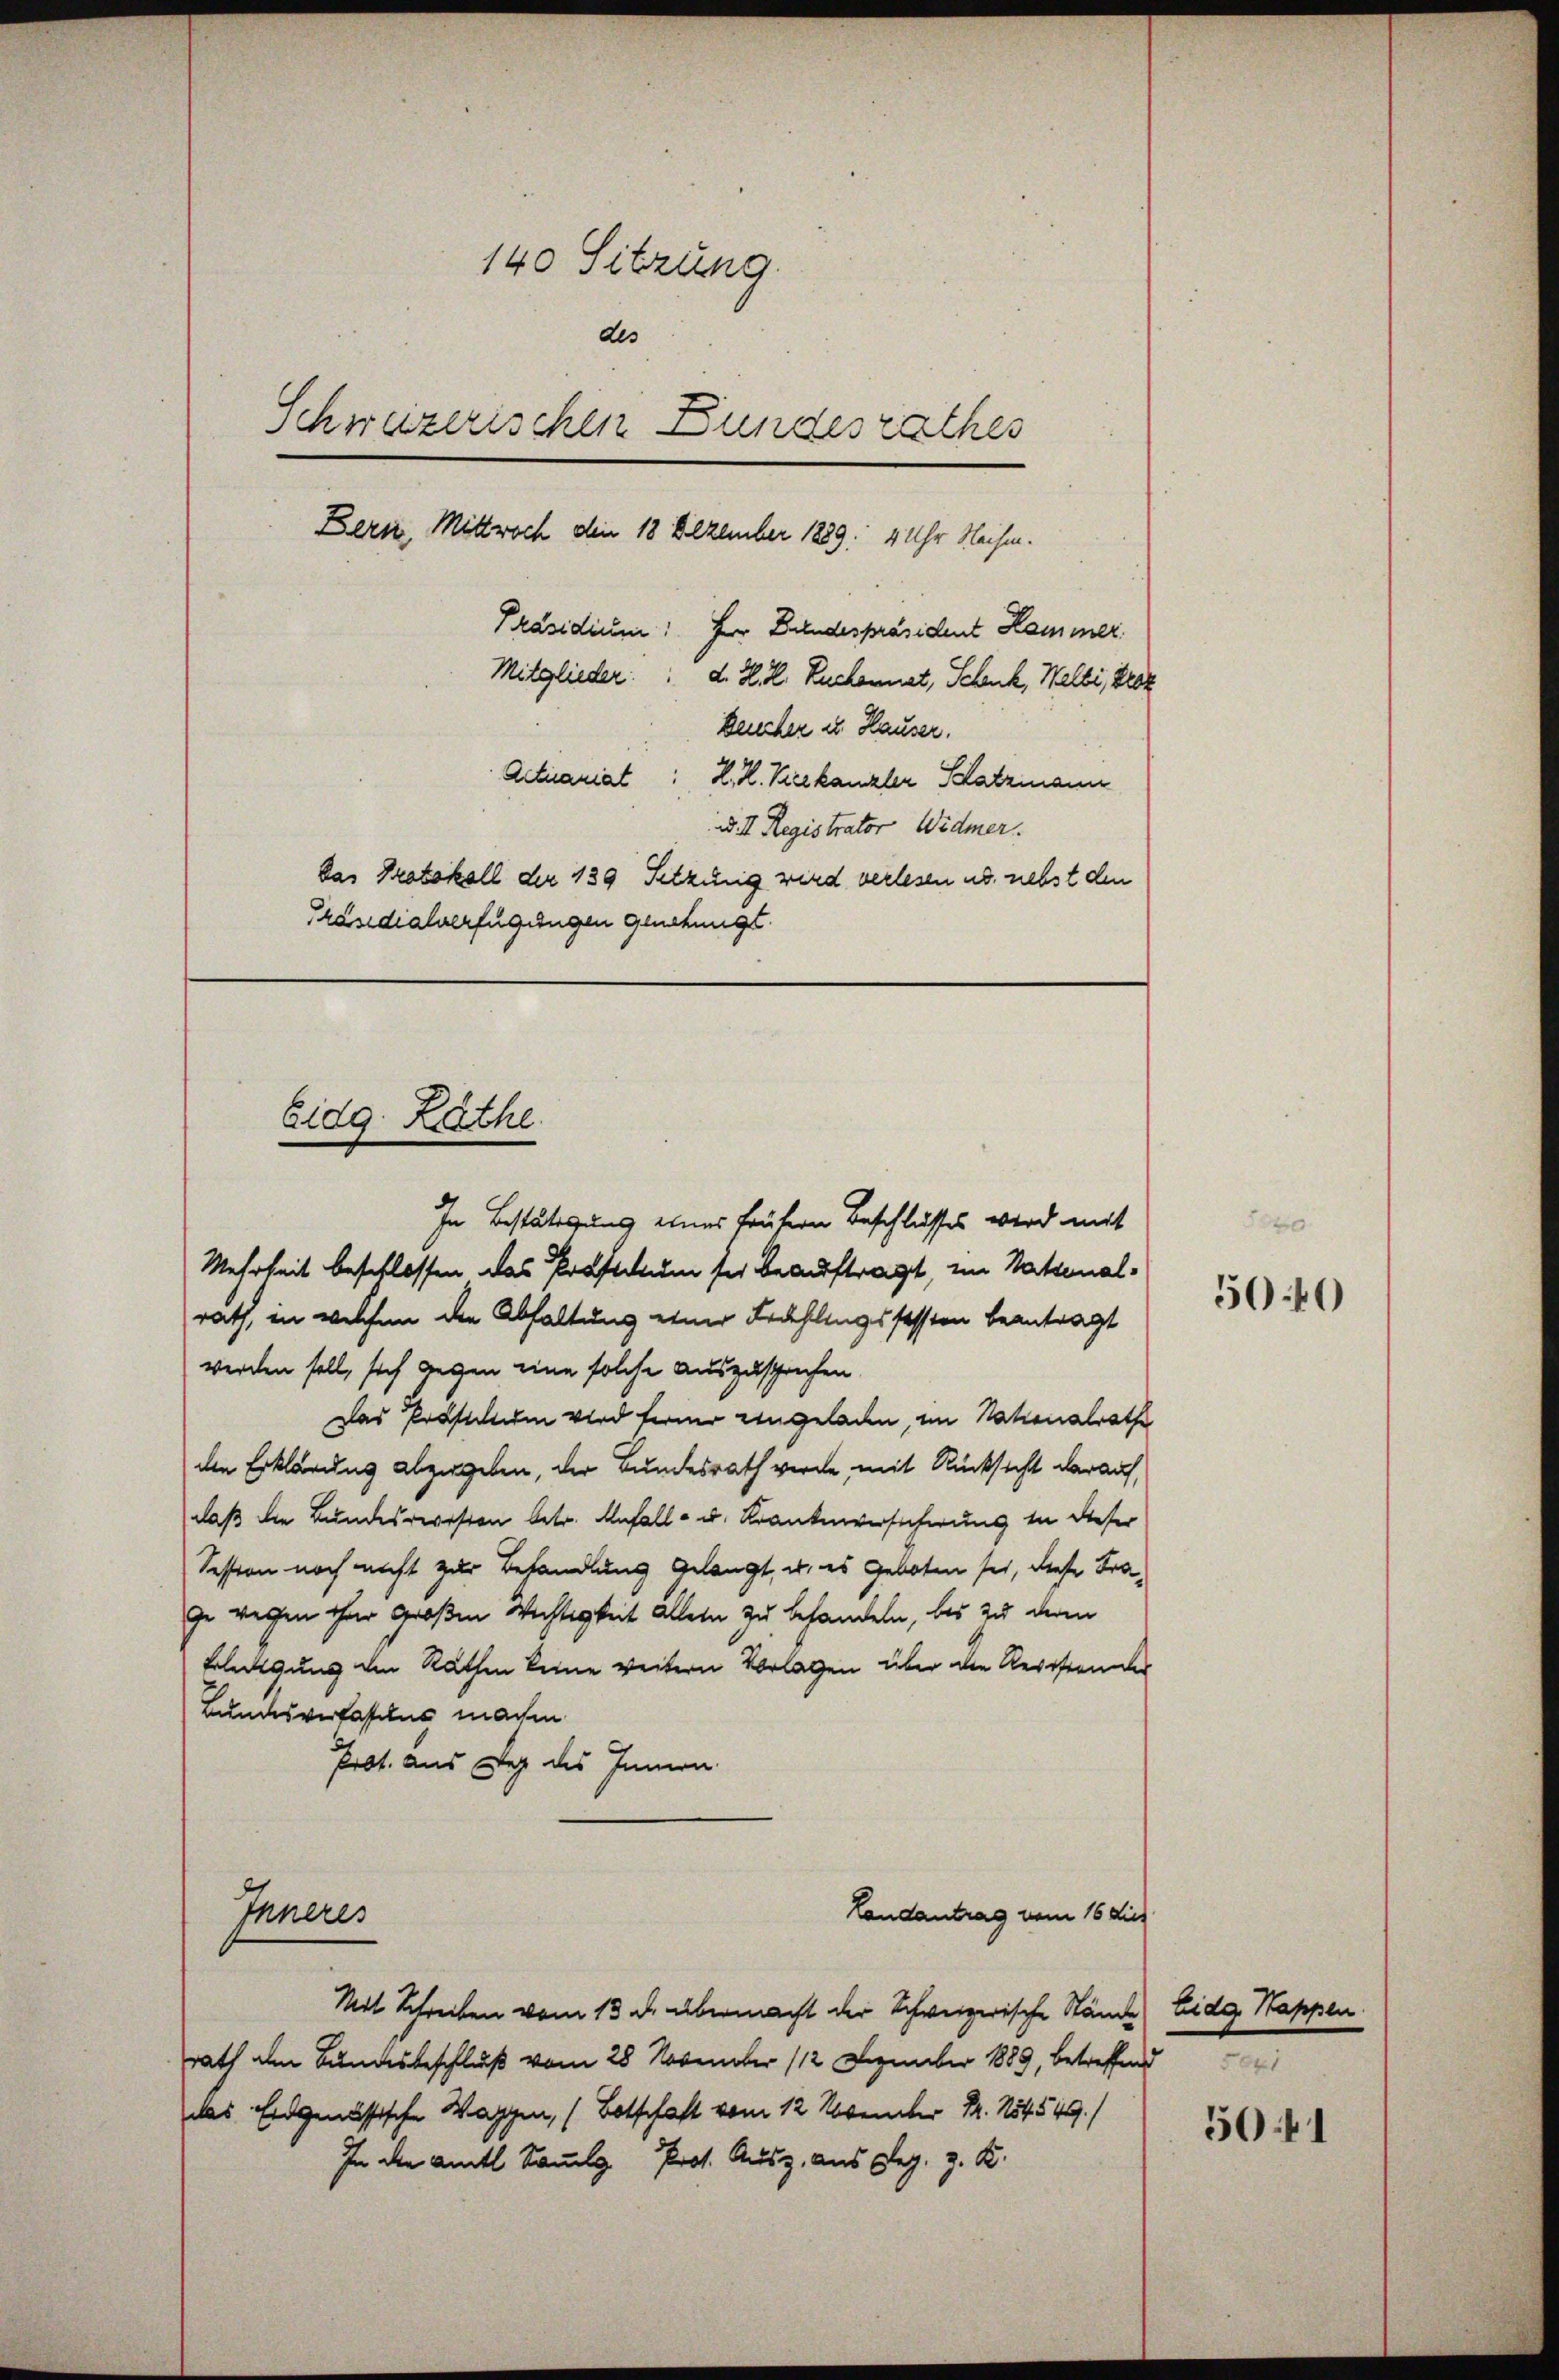
140 Sitzung.
des
Schweizerischen Bundesrathes
Bern, Mittwoch den 18 Dezember 1889. 4 Uhr Nachm.
Präsidium. Herr Bundespräsident Hammer
Mitglieder. d. H. R. Zuckennet, Schenk, Welti, Kloz
Beucher u. Hauser.
Actuariat H. H. Kieekanzler Schatzmann
u. I. Registrator Widmer.
Das Protokoll der 139 Setzung wird verlesen u. nebst den
Präsidialverfügungen genetungs

Eidg. Rathe

In Bestätigung eines frühern Beschlusses wird mit
Mehrheit beschlossen das Prostium sei beauftragt, im Nationalrath, in welchen die Abhaltung einer Fedehlingssessen beantragt
werden soll, sich gegen eine solche auszusprechen.
Das Präfectum wird ferner angeladen, im Nationalrathe
den Erklärung abzugeben, der Bundesrath werde, mit Rücksicht darauf,
daß die Bundesrevision betr. Unfall(...). Krankenversicherung in dieser
Session noch nicht zur Behandlung gelangt, u. es Geboten sei, diese Frage wegen ihrer Großen Wichtigkeit allein zu behandeln, bis zu deren
Erledigung den Rathen keine weitern Vorlagen über die Verstander
Bundesverfassens machen
Prot. aus Weg des Innern
Landantrag vom 16 dies
Inneres

Mit Schreiben vom 13 u. übermacht der Schweizerische Stände Eidg Stappen
rath am Bundesbeschluß vom 28 November 112 Dezember 1889, betreffend
das Eidgenössische Wappen, (Botschaft vom 12. Nebener Fr. 154549.
In der Amts Sammlg. Prot. Ausz aus Reg. z. K.

5040

5041